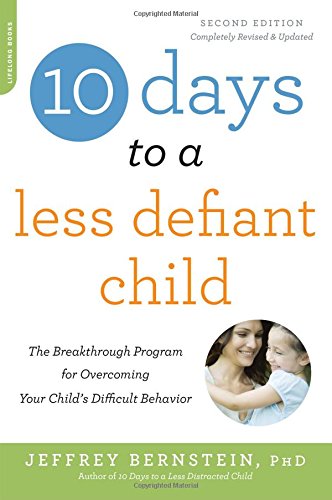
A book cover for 10 Days to a Less Defiant Child, second edition: The Breakthrough Program for Overcoming Your Child's Difficult Behavior; Ph.D. Jeffrey Bernstein Ph.D.; Parenting & Relationships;